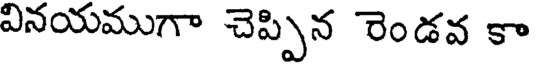
వినయముగా చెప్పిన రెండవ కా